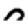
Digit: 0